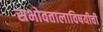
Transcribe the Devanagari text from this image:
सभोवतालाविषयीची